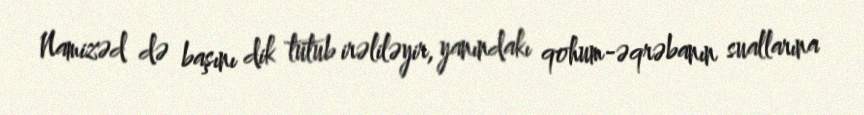
Namizəd də başını dik tutub irəliləyir, yanındakı qohum-əqrəbanın suallarına